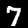
Label: 7